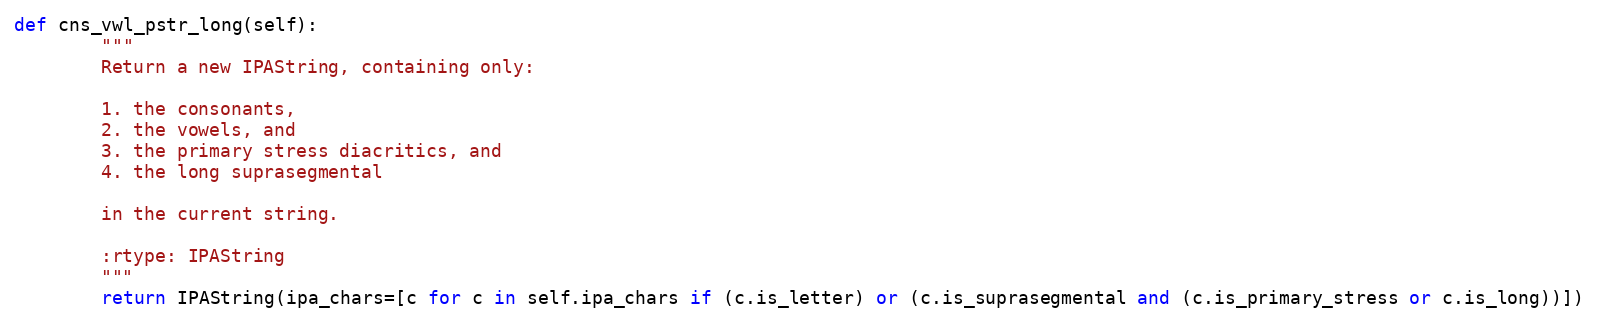
Language: Python
def cns_vwl_pstr_long(self):
        """
        Return a new IPAString, containing only:

        1. the consonants,
        2. the vowels, and
        3. the primary stress diacritics, and
        4. the long suprasegmental

        in the current string.

        :rtype: IPAString
        """
        return IPAString(ipa_chars=[c for c in self.ipa_chars if (c.is_letter) or (c.is_suprasegmental and (c.is_primary_stress or c.is_long))])